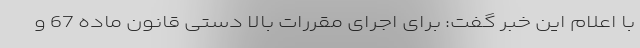
با اعلام این خبر گفت: برای اجرای مقررات بالا دستی قانون ماده 67 و